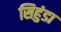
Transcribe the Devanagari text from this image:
सिहुंडा